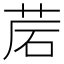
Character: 𦯰